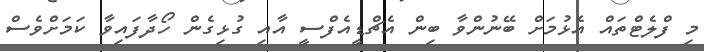
މި ފްލެޓްތައް އެޅުމަށް ބޭނުންވާ ބިން އެޗްޑީއެފްސީ އާއި ގުޅިގެން ހޯދާފައިވާ ކަމަށްވެސް